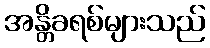
အန္တိခရစ်များသည်